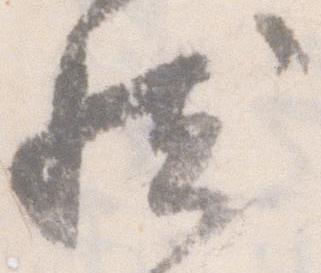
然